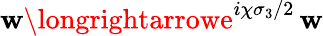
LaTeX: \mathbf{w}\longrightarrowe^{i\chi\sigma_{3}/2}\, \mathbf{w}